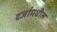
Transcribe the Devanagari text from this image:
दर्जामधील